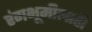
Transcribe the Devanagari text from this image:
रंगभूमीलाही